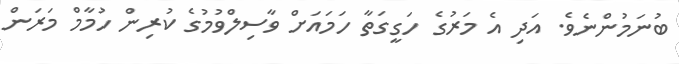
ބުނަމުންނެވެ. އަދި އެ މަރުގެ ހަގީގަތާ ހަމައަށް ވާސިލްވުމުގެ ކުރިން ހުމާމް މަރަން